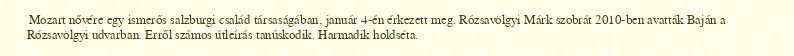
Mozart nővére egy ismerős salzburgi család társaságában, január 4-én érkezett meg. Rózsavölgyi Márk szobrát 2010-ben avatták Baján a Rózsavölgyi udvarban. Erről számos útleírás tanúskodik. Harmadik holdséta.